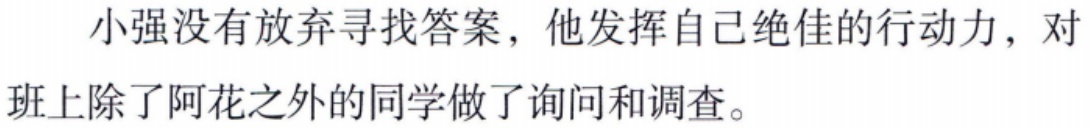
小强没有放弃寻找答案，他发挥自己绝佳的行动力，对班上除了阿花之外的同学做了询问和调查。